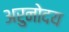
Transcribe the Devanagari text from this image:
अरुनोदय